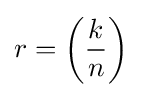
r=\left({\dfrac {k}{n}}\right)